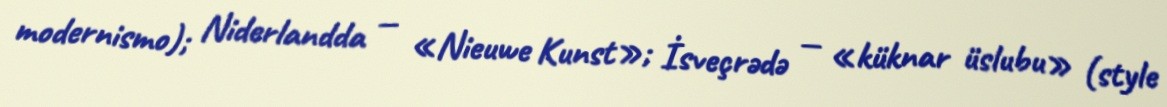
modernismo); Niderlandda — «Nieuwe Kunst»; İsveçrədə — «küknar üslubu» (style